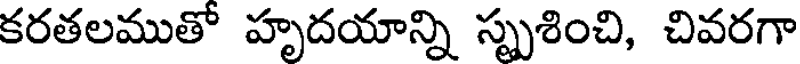
కరతలముతో హృదయాన్ని స్పృశించి, చివరగా